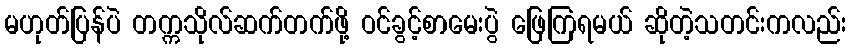
မဟုတ်ပြန်ပဲ တက္ကသိုလ်ဆက်တက်ဖို့ ဝင်ခွင့်စာမေးပွဲ ဖြေကြရမယ် ဆိုတဲ့သတင်းကလည်း